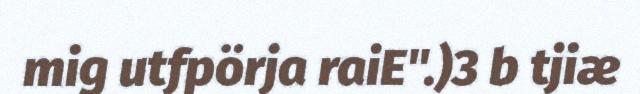
mig utfpörja raiE".)3 b tjiæ